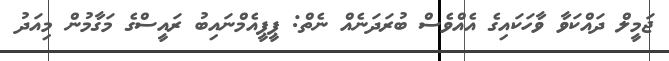
ޖަމީލް ދައްކަވާ ވާހަކައިގެ އެއްވެސް ބުރަދަނެއް ނެތް: ޕީޕީއެމްނައިބު ރައީސްގެ މަގާމުން މިއަދު